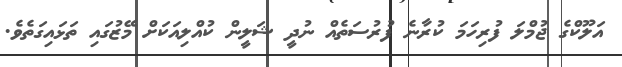
އަލޫކްގެ ޖުމްލަ ފުރިހަމަ ކުރާނެ ފުރުސަތެއް ނުދީ ޝަލީން ކުއްލިއަކަށް މޭޒުގައި ތަޅައިގަތެވެ.